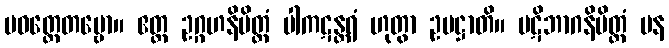
ပဝတ္တေတဗ္ဗော။ ဧတ္ထ ဥဂ္ဂဟနိမိတ္တံ ပါကဋန္တရံ ဟုတွာ ဥပဋ္ဌာတိ။ ပဋိဘာဂနိမိတ္တံ ပန